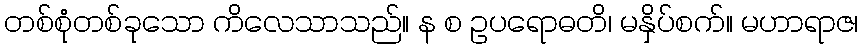
တစ်စုံတစ်ခုသော ကိလေသာသည်။ န စ ဥပရောဓတိ၊ မနှိပ်စက်။ မဟာရာဇ၊